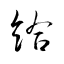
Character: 給